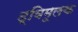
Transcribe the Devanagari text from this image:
द्विमूलक